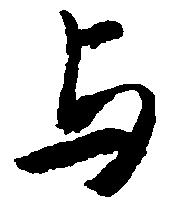
与